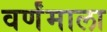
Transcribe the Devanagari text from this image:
वर्णंमाला